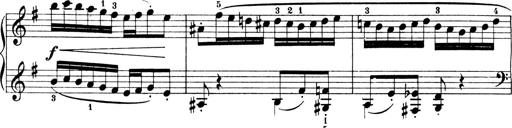
Title: 4 Sonatines
Composer: Max Reger